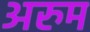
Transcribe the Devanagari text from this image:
अरुम